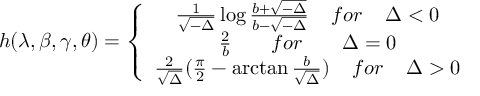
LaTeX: h ( \lambda , \beta , \gamma , \theta ) = \left\{ \begin{array} { c } { { \frac { 1 } { \sqrt { - \Delta } } \log \frac { b + \sqrt { - \Delta } } { b - \sqrt { - \Delta } } \; \; \; \; f o r \; \; \; \; \Delta < 0 } } \\ { { \frac { 2 } { b } \; \; \; \; \; \; \; f o r \; \; \; \; \; \; \; \Delta = 0 } } \\ { { \frac { 2 } { \sqrt { \Delta } } ( \frac { \pi } { 2 } - \arctan \frac { b } { \sqrt { \Delta } } ) \; \; \; \; f o r \; \; \; \; \Delta > 0 } } \end{array} \right.